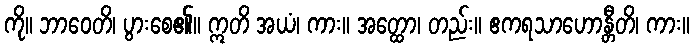
ကို။ ဘာဝေတိ၊ ပွားစေ၏။ ဣတိ အယံ၊ ကား။ အတ္ထော၊ တည်း။ ဧကရသာဟောန္တီတိ၊ ကား။